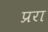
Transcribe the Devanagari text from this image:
प्ररा